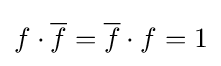
f\cdot {\overline {f}}={\overline {f}}\cdot f=1